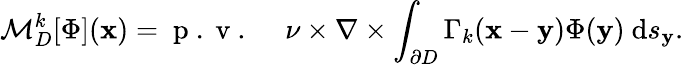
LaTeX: \mathcal{M}_{D}^{k}[\Phi](\mathbf{x})=\mathrm{~p~.~v~.~}\quad\nu\times\nabla\times\int_{\partial D}\Gamma_{k}(\mathbf{x}-\mathbf{y})\Phi(\mathbf{y})~\mathrm{d}s_{\mathbf{y}}.